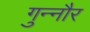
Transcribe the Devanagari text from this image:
गुन्‍नौर